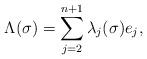
LaTeX: \begin{align*}\Lambda(\sigma) = \sum_{j=2}^{n+1} \lambda_j(\sigma) e_j,\end{align*}